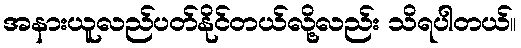
အနားယူလည်ပတ်နိုင်တယ်လို့လည်း သိရပါတယ်။